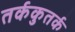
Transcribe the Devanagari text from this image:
तर्ककुतर्क